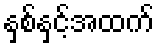
နှစ်နှင့်အထက်